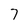
Character: 7